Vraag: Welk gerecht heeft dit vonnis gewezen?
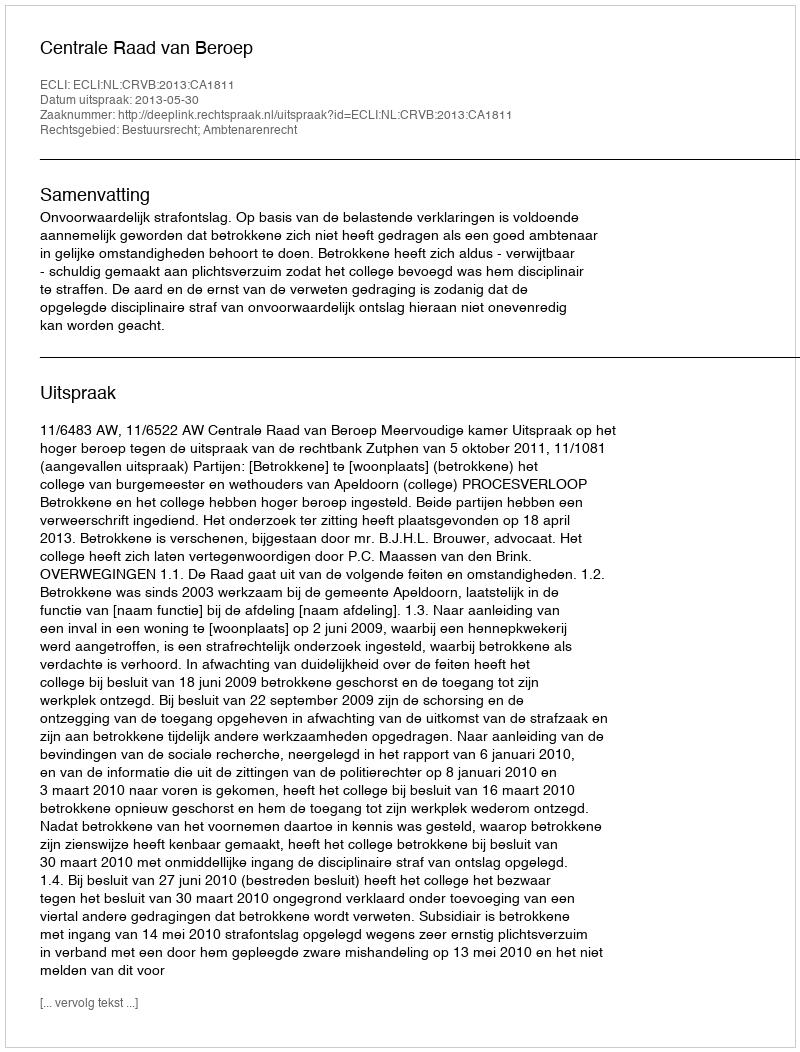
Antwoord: Centrale Raad van Beroep